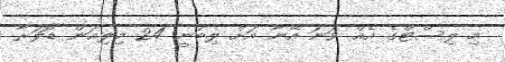
މި ލިސްޓްގެ އެއް ވަނަ އޭނާ އަށް ލިބުނީ 24 މިލިއަން ޑޮލަރާ